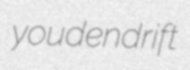
youdendrift